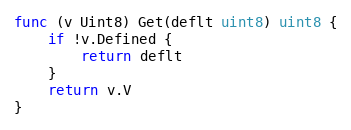
Language: Go
func (v Uint8) Get(deflt uint8) uint8 {
	if !v.Defined {
		return deflt
	}
	return v.V
}